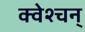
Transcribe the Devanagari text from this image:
क्वेश्चन्‌